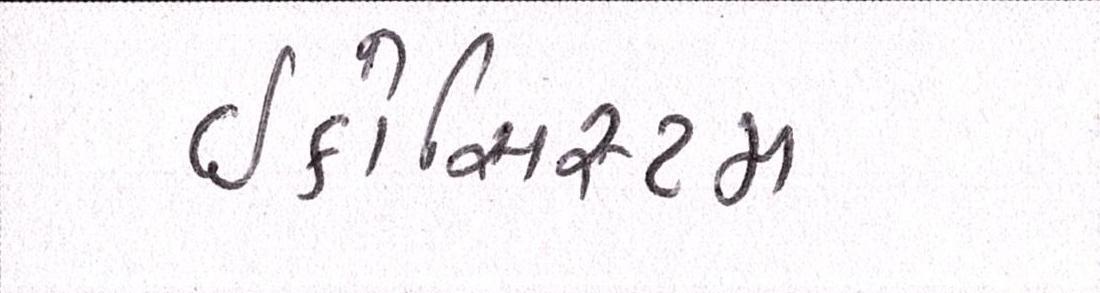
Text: ઇકોસિસ્ટમ